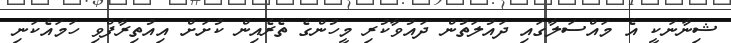
ޝިނާނަކީ އެ މައްސަލާގައި ދައުލަތުން ދައުވާކުރި މީހުންގެ ތެރެއިން ކުށަށް އިއުތިރާފްވި ހަމައެކަނި